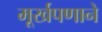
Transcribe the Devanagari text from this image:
मूर्खपणाने